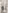
و